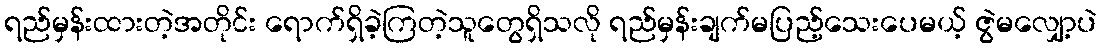
ရည်မှန်းထားတဲ့အတိုင်း ရောက်ရှိခဲ့ကြတဲ့သူတွေရှိသလို ရည်မှန်းချက်မပြည့်သေးပေမယ့် ဇွဲမလျှော့ပဲ